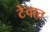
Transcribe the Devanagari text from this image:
टेचात